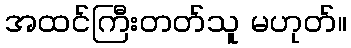
အထင်ကြီးတတ်သူ မဟုတ်။